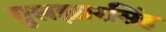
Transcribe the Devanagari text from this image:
गुलझारसिंह